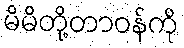
မိမိတို့တာဝန်ကို